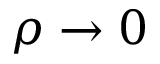
\rho \rightarrow 0